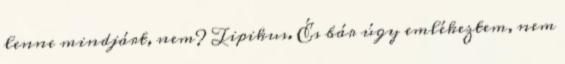
lenne mindjárt, nem? Tipikus. És bár úgy emlékeztem, nem